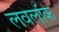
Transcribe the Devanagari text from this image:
लवलॉक